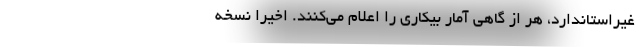
غیراستاندارد، هر از گاهی آمار بیکاری را اعلام می‌کنند. اخیراً نسخه